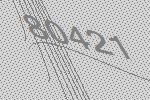
80421